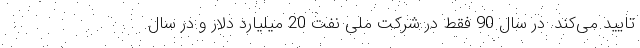
تایید می‌کند. در سال 90 فقط در شرکت ملی نفت 20 میلیارد دلار و در سال